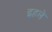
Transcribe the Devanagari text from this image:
इहले